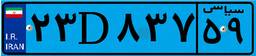
۲۴D۱۱۵۶۳